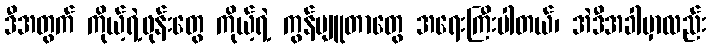
ဒီအတွက် ကိုယ့်ရဲ့ဖုန်းတွေ ကိုယ့်ရဲ့ ကွန်ပျူတာတွေ အရေးကြီးပါတယ်၊ အဲဒီအခါမှာလည်း